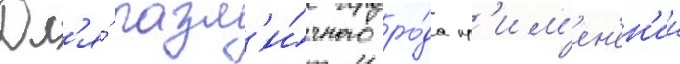
Дл'я́ разл'и́чного ро́да пр'им'ен'ен'ии